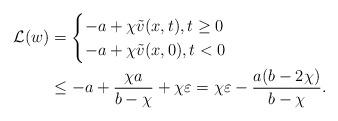
LaTeX: \begin{align*}\mathcal{L}(w)&=\begin{cases} -a +\chi\tilde{v}(x,t),t\ge 0\cr-a+\chi \tilde v(x,0), t<0\end{cases}\\&\leq -a + \frac{\chi a}{b-\chi}+\chi \varepsilon=\chi \varepsilon- \frac{a(b-2\chi)}{b-\chi}.\end{align*}